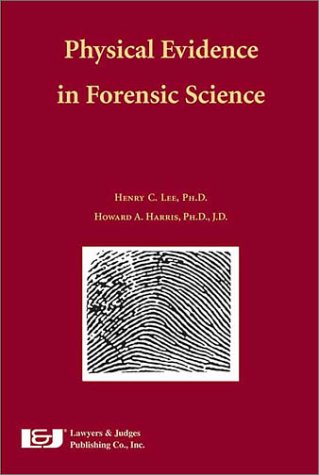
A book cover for Physical Evidence in Forensic Science; Henry C Lee; Law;